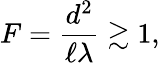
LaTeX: F={\frac{d^{2}}{\ell\lambda}}\gtrsim 1,